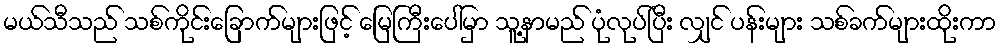
မယ်သီသည် သစ်ကိုင်းခြောက်များဖြင့် မြေကြီးပေါ်မှာ သူ့နာမည် ပုံလုပ်ပြီး လျှင် ပန်းများ သစ်ခက်များထိုးကာ